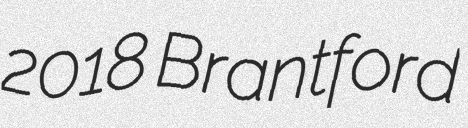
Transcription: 2018 Brantford